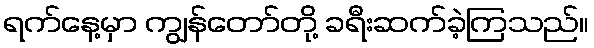
ရက်နေ့မှာ ကျွန်တော်တို့ ခရီးဆက်ခဲ့ကြသည်။